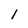
Character: l